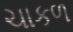
ચાકળ